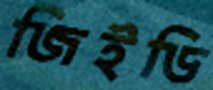
জিইডি